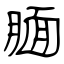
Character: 腼